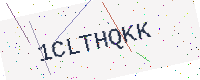
Text: 1CLTHQKK